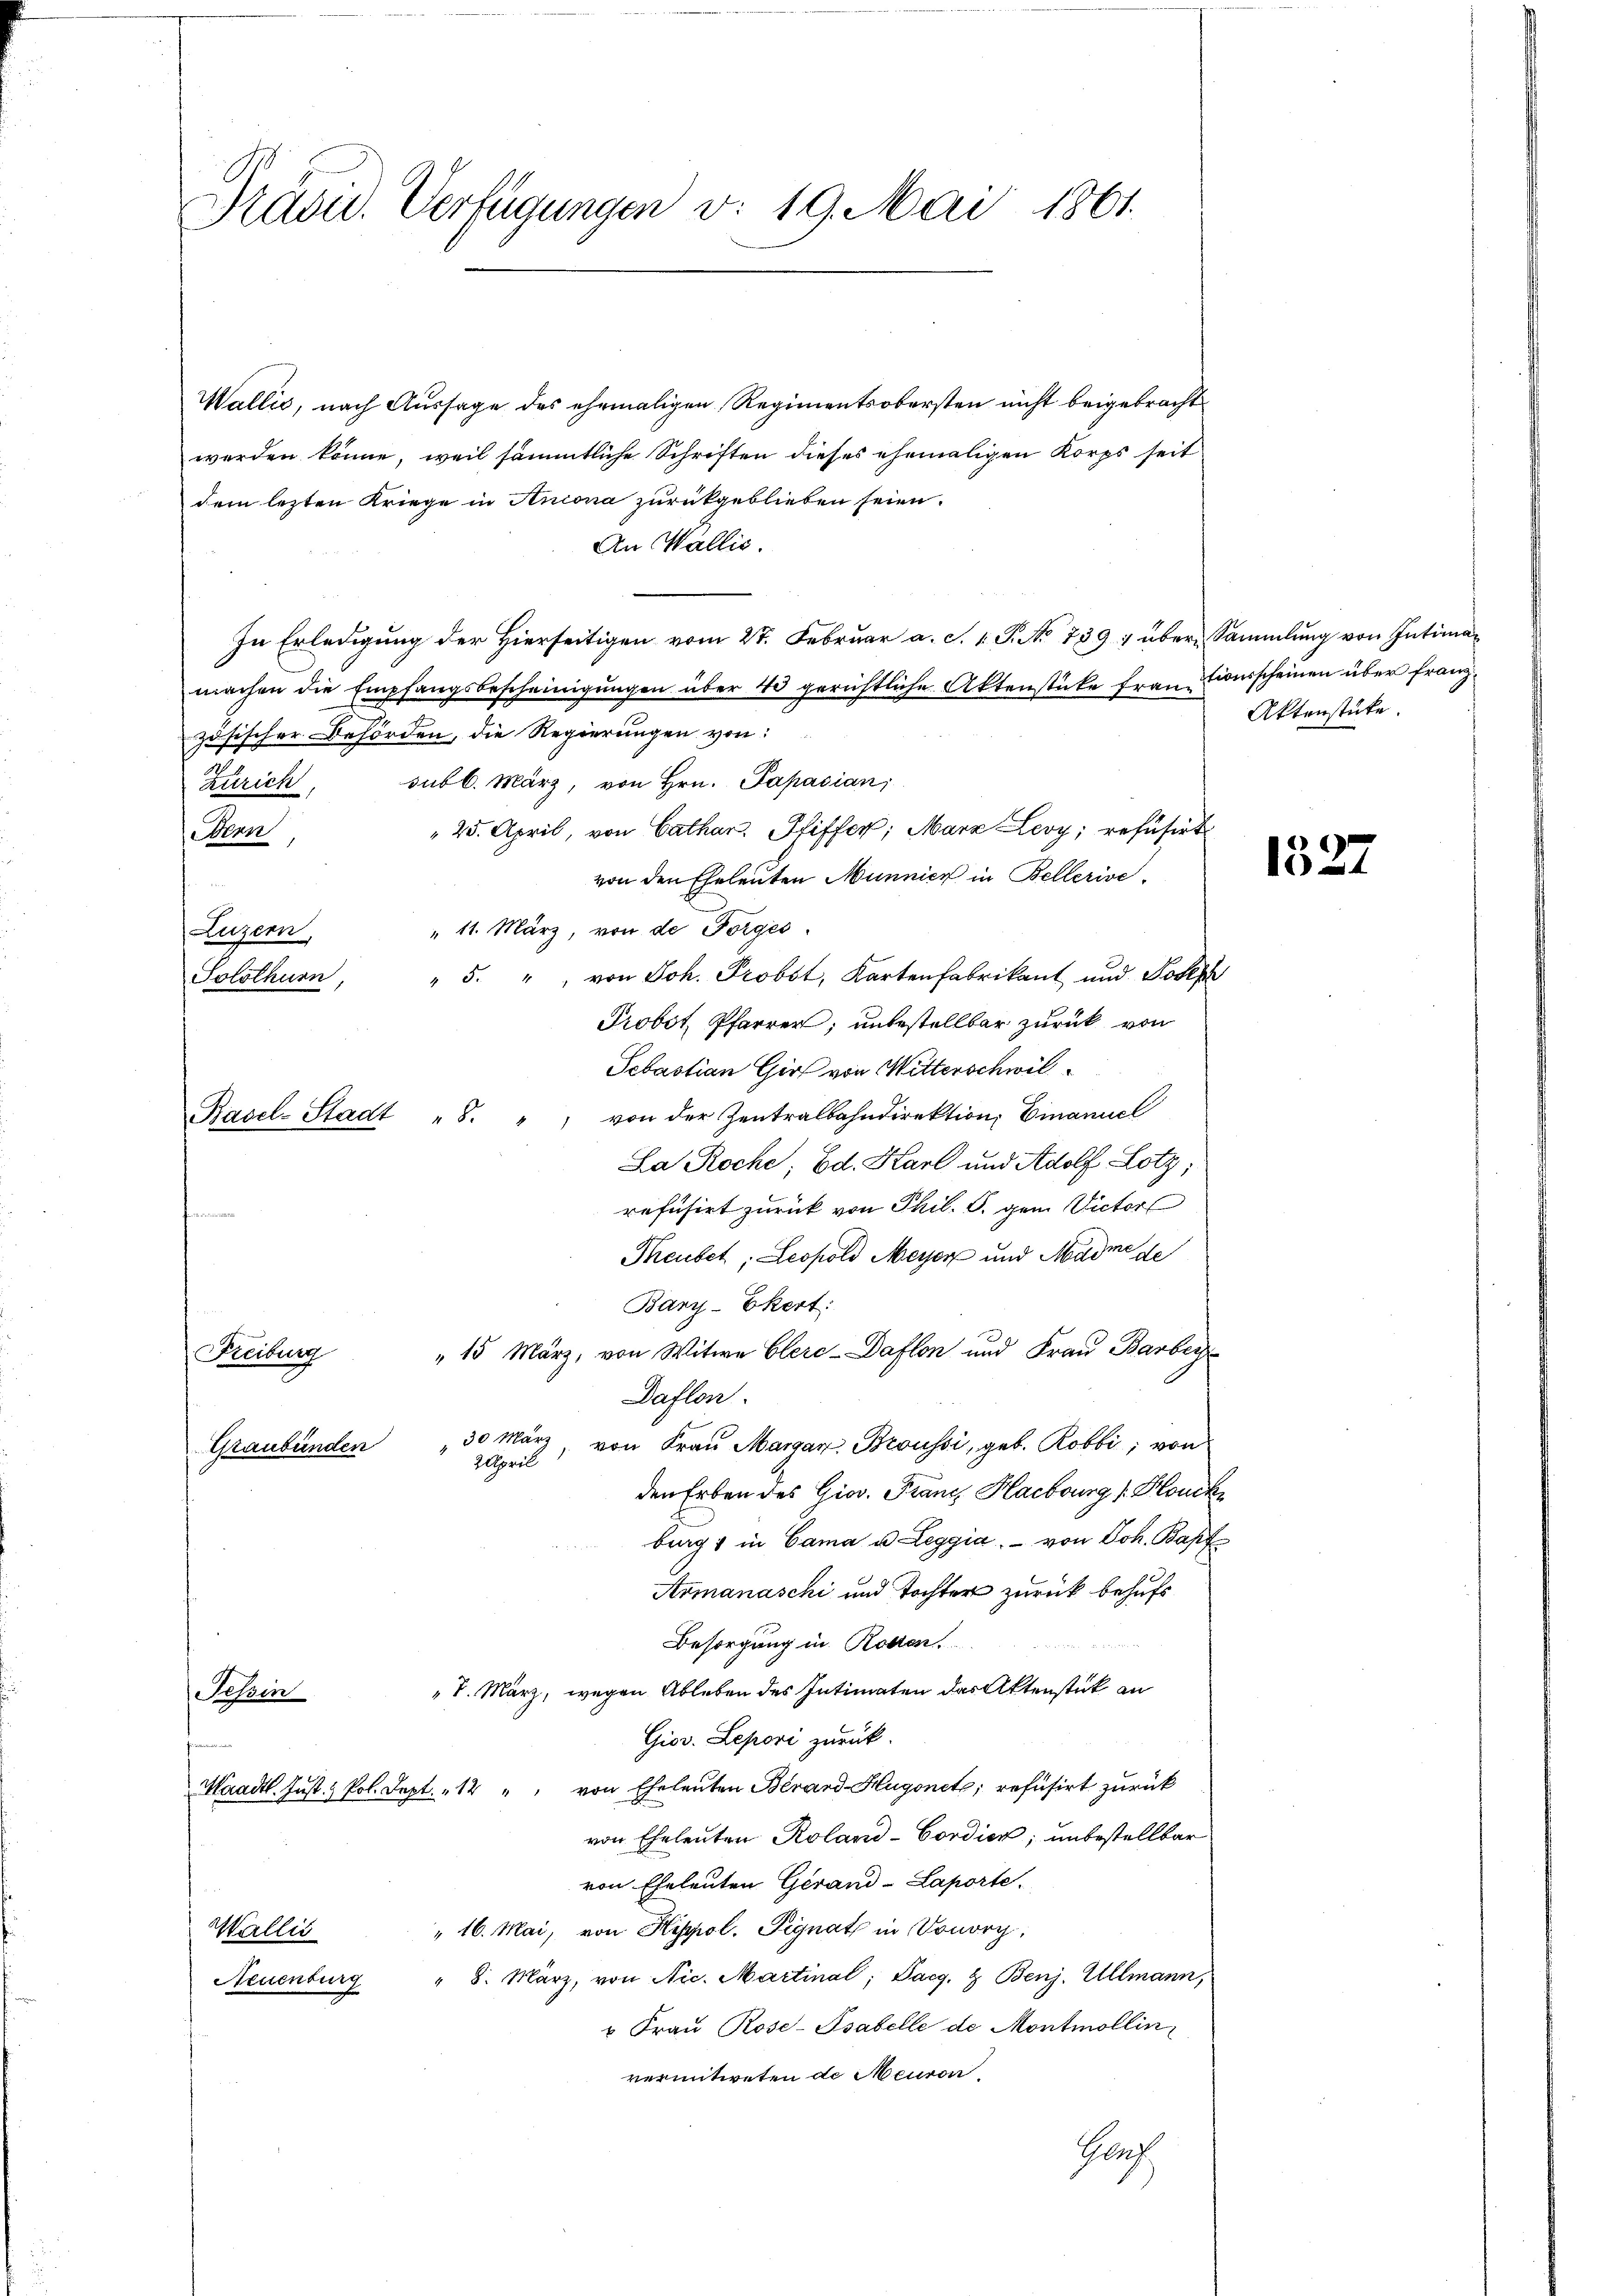
Präsid. Verfügungen v. 19. Mai 1861.

Wallić, nach Aussage des ehemaligen Regimentsobersten nicht beigebracht
werden könne, weil sämmtliche Schriften dieses ehemaligen Korps seit
dem lezten Kriege in Ancona zurückgeblieben seien.
An Wallis.
In Erledigung der Hierseitigen vom 27. Februar a. c. v. P. No 739; über Sammlung von Intimamachen die Empfangsbescheinigungen über 40 gerichtliche Aktenstücke französischer Behörden, die Regierungen von
Zürich, subb. März, von Hrn. Papacian
25. April, von Cathar. Pfiffer, Marz Levy; refüsirt
Ver
von den Eheleuten Munnick in Bellerive
" 11. März, von de Forges.
Luzern,
" 5. " " von Joh. Probst, Kartenfabrikant und Joseph
Solothurn,
Probot Pfarrer; unbestellbar zurück von
Sebastian Gir von Witterschwil
Racel-Stadt "8. " " von der Zentralbahndirektion, Einancel
La Roche, Ed. Karl und Adolf Lotz,
refusirt zurück von Phil. S. gen Victor
Theubet, Leopold Meyer und Marme de
Bary-Ekert:
" 15 März, von Witwe Clerc-Daflen und Frau Barbey
Freiburg
Daflen.
Graubünden 30 März von Fraŭ Margan. Broussi, geb. Robbi; von
2 April
den Erben des Gior. Franz Hacbourg [Blonck
burg 1 in Cama u Leggia, - von Joh. Bapt.
Armanaschi und Tochter zurück behufs
Besorgung in Roden.
Tessin " 1. März, wegen Ableben des Intimaten das Aktenstück an
Giov. Lepori zurück.
Waadt. Just. Pol. Sept. 12 " " von Eheleuten Bérard-Hugonet; refüsirt zurück
von Eheleuten Roland-Cordick; unbestellbar
von Eheleuten Gerand-Laporte.
" 16. Mai, von Hippol. Pignat in Donorg
Wallis
" 8. März, von Nic. Martinal; Paeg. & Benj. Allmann,
Neuenburg
 Frau Rose-Ssabelle de Montmollin
vermitweten de Meuron,
Ger.

tionsscheinen über franz¬
Aktenstücke.

1327